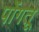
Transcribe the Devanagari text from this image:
पोंगतू